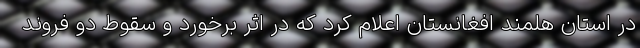
در استان هلمند افغانستان اعلام کرد که در اثر برخورد و سقوط دو فروند